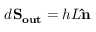
d \mathbf { S _ { o u t } } = h L \mathbf { \hat { n } }